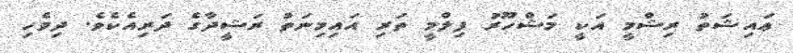
ޢައިޝަތު ރިޝްމީ އަކީ މަޝްހޫރު ފިލްމީ ތަރި އައިމިނަތު ރަޝީދާގެ ދަރިއެކެވެ. ދިވެހި